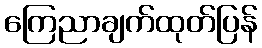
ကြေညာချက်ထုတ်ပြန်